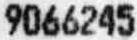
9066245